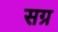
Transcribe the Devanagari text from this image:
सग्र